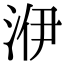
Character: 洢